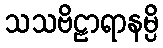
သသဗိဠာရာနမ္ပိ